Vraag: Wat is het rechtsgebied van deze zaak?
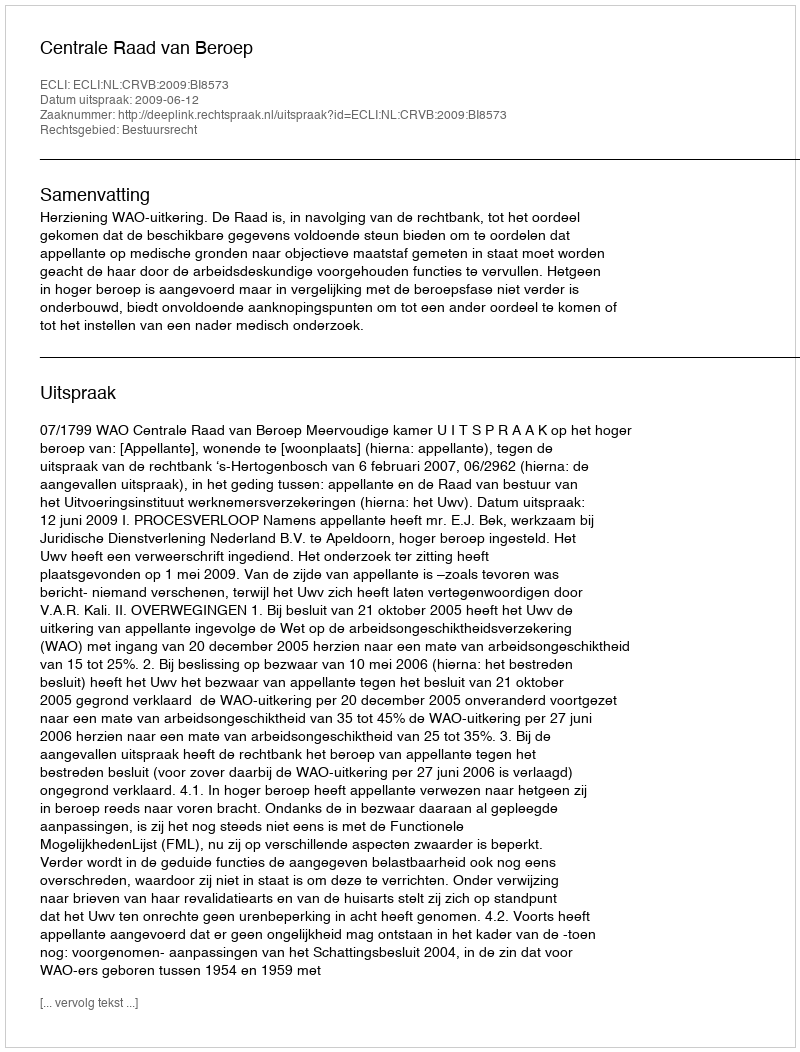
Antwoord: Bestuursrecht